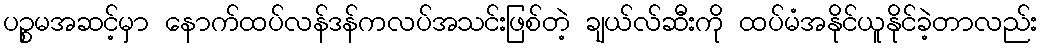
ပဉ္စမအဆင့်မှာ နောက်ထပ်လန်ဒန်ကလပ်အသင်းဖြစ်တဲ့ ချယ်လ်ဆီးကို ထပ်မံအနိုင်ယူနိုင်ခဲ့တာလည်း